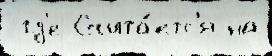
 гд'е Счита́етс'я на